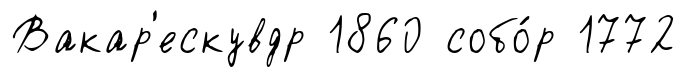
Вакар'ескувдр 1860 собо́р 1772